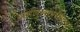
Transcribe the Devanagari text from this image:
पाणीपुरवठासंघटना